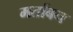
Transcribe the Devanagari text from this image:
मर्ताबन